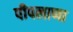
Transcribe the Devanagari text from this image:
पीपलाणा